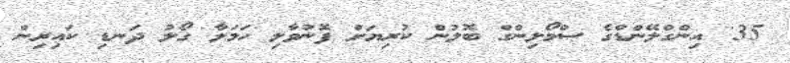
35' އިންގްލޭންޑްގެ ސްމޯލިންގް ބޮލުން ކުރިޔަށް ފޮނުވާލި ހަމަލާ ގޯލު ދަނޑި ކައިރިން